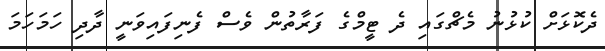
ދެކޮޅަށް ކުޅުނު މެޗްގައި ދެ ޓީމްގެ ފަރާތުން ވެސް ފެނިފައިވަނީ ދާދި ހަމަހަމަ